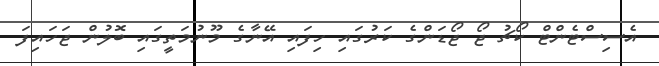
އެސިސްޓެންޓް ކޯޗު ޖޯ ޖޯޑަންގެ ކަރުގައި ހިފައި އޭނާގެ މޫނުމަތީގައި ބޮލުން ޖަހައިފަ